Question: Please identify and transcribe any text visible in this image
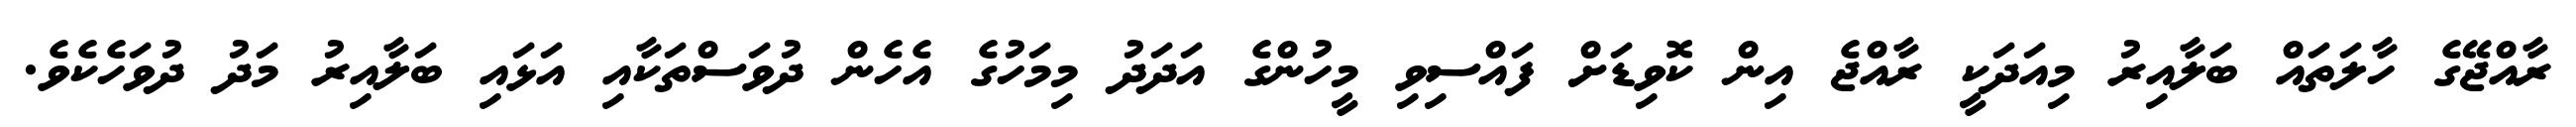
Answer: ރާއްޖޭގެ ހާލަތައް ބަލާއިރު މިއަދަކީ ރާއްޖެ އިން ކޮވިޑަށް ފައްސިވި މީހުންގެ އަދަދު މިމަހުގެ އެހެން ދުވަސްތަކާއި އަޅައި ބަލާއިރު މަދު ދުވަހެކެވެ.